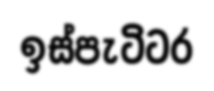
ඉස්පැටිටර